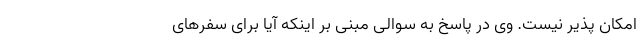
امکان پذیر نیست. وی در پاسخ به سوالی مبنی بر اینکه آیا برای سفرهای